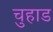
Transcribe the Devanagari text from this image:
चुहाड